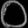
Digit: ၀